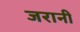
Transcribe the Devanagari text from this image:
जरानी